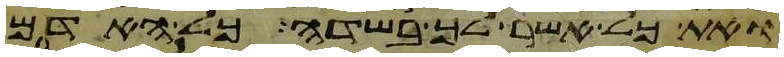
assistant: ואת כל אשר לך בשדה כל האדם